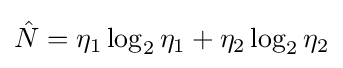
{\hat {N}}=\eta _{1}\log _{2}\eta _{1}+\eta _{2}\log _{2}\eta _{2}